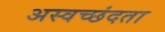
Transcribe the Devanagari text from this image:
अस्वच्छंदता